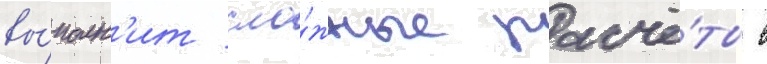
вы́полн'ит сло́жные расчё́ты в